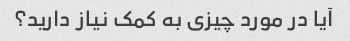
آیا در مورد چیزی به کمک نیاز دارید؟